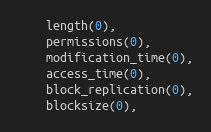
Language: C++
    length(0),
    permissions(0),
    modification_time(0),
    access_time(0),
    block_replication(0),
    blocksize(0),